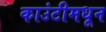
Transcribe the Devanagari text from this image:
काउंटीमधून